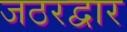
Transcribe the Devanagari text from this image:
जठरद्वार